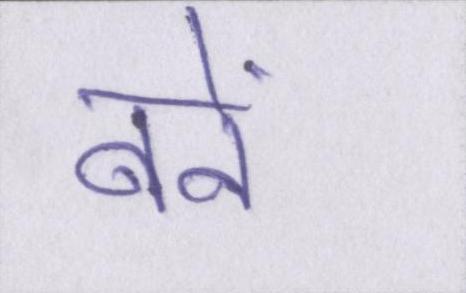
बनें